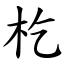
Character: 杚